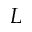
L